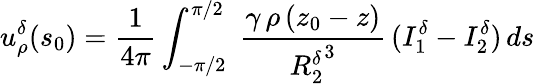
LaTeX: u_{\rho}^{\delta}(s_{0})=\frac{1}{4\pi}\int_{-\pi/2}^{\pi/2}\; \frac{\gamma\, \rho\, (z_{0}-z)}{{R_{2}^{\delta}}^{3}}\, (I_{1}^{\delta}-I_{2}^{\delta})\, ds